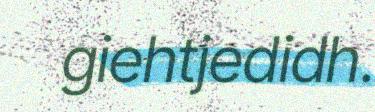
giehtjedidh.